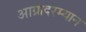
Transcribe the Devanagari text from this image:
आग्रादरम्यान